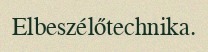
Elbeszélőtechnika.